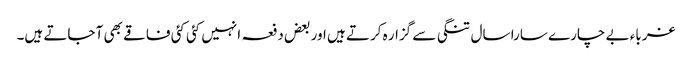
غرباء بے چارے سارا سال تنگی سے گزار ہ کرتے ہیں اور بعض دفعہ انہیں کئی کئی فاقے بھی آ جاتے ہیں۔